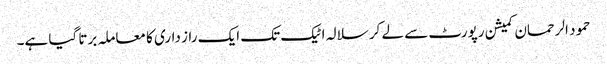
حمود الرحمان کمیشن رپورٹ سے لے کر سلالہ اٹیک تک ایک راز داری کا معاملہ برتا گیا ہے۔